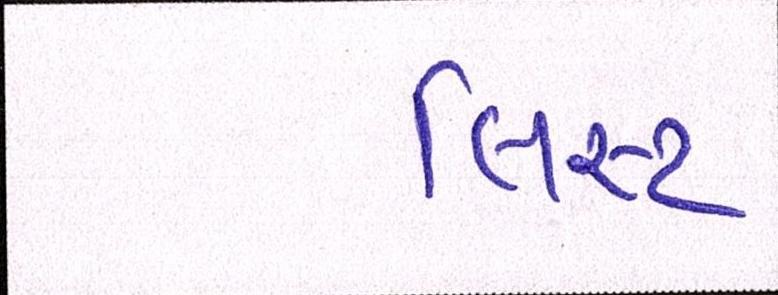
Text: લિસ્ટ